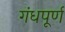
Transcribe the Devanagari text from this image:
गंधपूर्ण